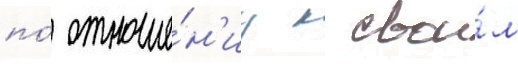
по́ отноше́н'иу к свои́м